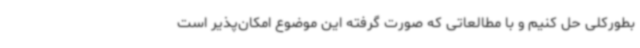
بطورکلی حل کنیم و با مطالعاتی که صورت گرفته این موضوع امکان‌پذیر است